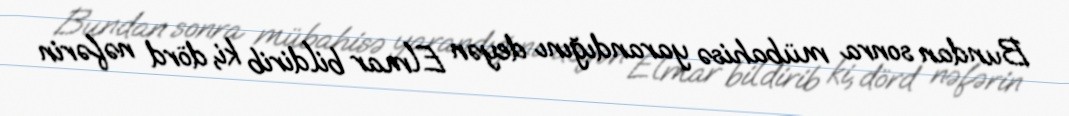
Bundan sonra mübahisə yarandığını deyən Elmar bildirib ki, dörd nəfərin